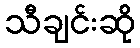
သီချင်းဆို